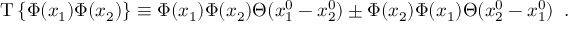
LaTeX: \mathrm { T } \, \{ \Phi ( x _ { 1 } ) \Phi ( x _ { 2 } ) \} \equiv \Phi ( x _ { 1 } ) \Phi ( x _ { 2 } ) \Theta ( x _ { 1 } ^ { 0 } - x _ { 2 } ^ { 0 } ) \pm \Phi ( x _ { 2 } ) \Phi ( x _ { 1 } ) \Theta ( x _ { 2 } ^ { 0 } - x _ { 1 } ^ { 0 } ) \; \; .